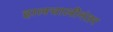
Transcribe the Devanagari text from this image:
हालचालीनंतर